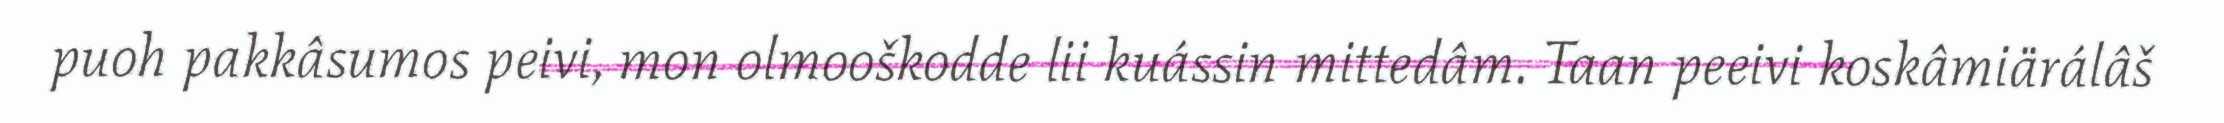
puoh pakkâsumos peivi, mon olmooškodde lii kuássin mittedâm. Taan peeivi koskâmiärálâš